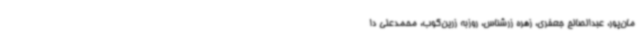
مان‌پور، عبدالصالح جعفری، زهره زرشناس، روزبه زرین‌کوب، محمدعلی دا